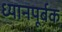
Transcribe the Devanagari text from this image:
ध्यानपूर्बक